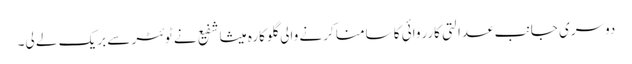
دوسری جانب عدالتی کارروائی کا سامنا کرنے والی گلوکارہ میشا شفیع نے ٹوئٹر سے بریک لے لی۔